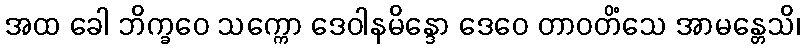
အထ ခေါ ဘိက္ခဝေ သက္ကော ဒေဝါနမိန္ဒော ဒေဝေ တာဝတိံသေ အာမန္တေသိ၊